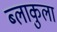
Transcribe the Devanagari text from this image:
ब्लाकुला